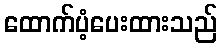
ထောက်ပံ့ပေးထားသည်